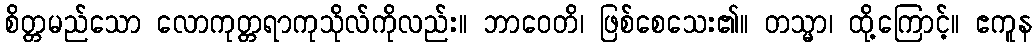
စိတ္တမည်သော လောကုတ္တရာကုသိုလ်ကိုလည်း။ ဘာဝေတိ၊ ဖြစ်စေသေး၏။ တသ္မာ၊ ထို့ကြောင့်။ ဧကူန